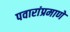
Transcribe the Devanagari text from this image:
पवारांप्रमाणे